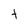
Character: t